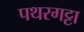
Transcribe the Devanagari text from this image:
पथरगट्टा